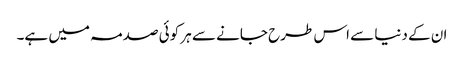
ان کے دنیا سے اس طرح جانے سے ہر کوئی صدمہ میں ہے۔